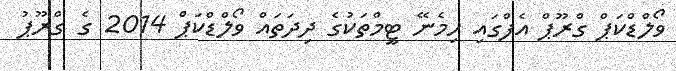
ވޯލްޑްކަޕް ގްރޫޕް އެފްގައި ހިމެނޭ ޓީމްތަކުގެ ދިދަތައް ވޯލްޑްކަޕް 2014 ގެ ގްރޫޕު